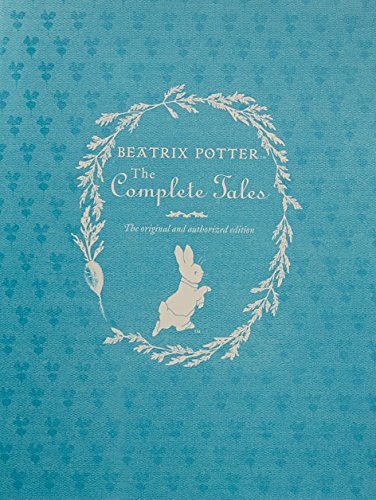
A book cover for Beatrix Potter the Complete Tales (Peter Rabbit); Beatrix Potter; Literature & Fiction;